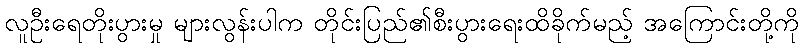
လူဦးရေတိုးပွားမှု များလွန်းပါက တိုင်းပြည်၏စီးပွားရေးထိခိုက်မည့် အကြောင်းတို့ကို